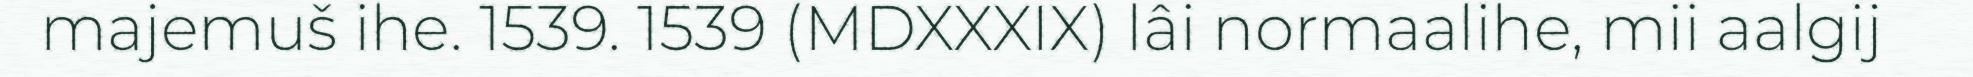
majemuš ihe. 1539. 1539 (MDXXXIX) lâi normaalihe, mii aalgij